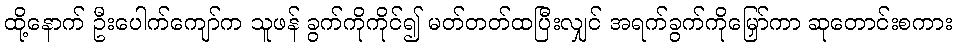
ထို့နောက် ဦးပေါက်ကျော်က သူဖန် ခွက်ကိုကိုင်၍ မတ်တတ်ထပြီးလျှင် အရက်ခွက်ကိုမြှော်ကာ ဆုတောင်းစကား